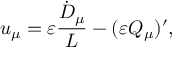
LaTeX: u _ { \mu } = \varepsilon \frac { \dot { D } _ { \mu } } { { \cal L } } - ( \varepsilon Q _ { \mu } ) ^ { \prime } ,